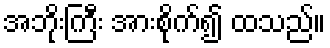
အဘိုးကြီး အားစိုက်၍ ထသည်။